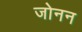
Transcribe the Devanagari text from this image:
जोनन